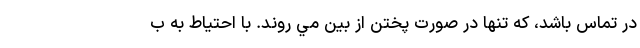
در تماس باشد، كه تنها در صورت پختن از بين مي روند. با احتياط به ب